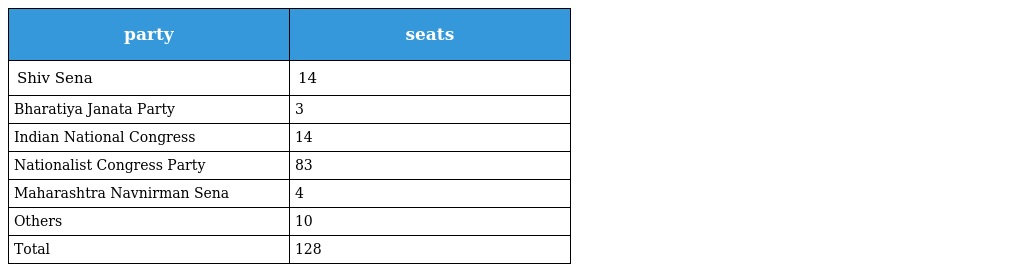
| party | seats |
 | --- | --- |
 | Shiv Sena | 14 |
 | Bharatiya Janata Party | 3 |
 | Indian National Congress | 14 |
 | Nationalist Congress Party | 83 |
 | Maharashtra Navnirman Sena | 4 |
 | Others | 10 |
 | Total | 128 |